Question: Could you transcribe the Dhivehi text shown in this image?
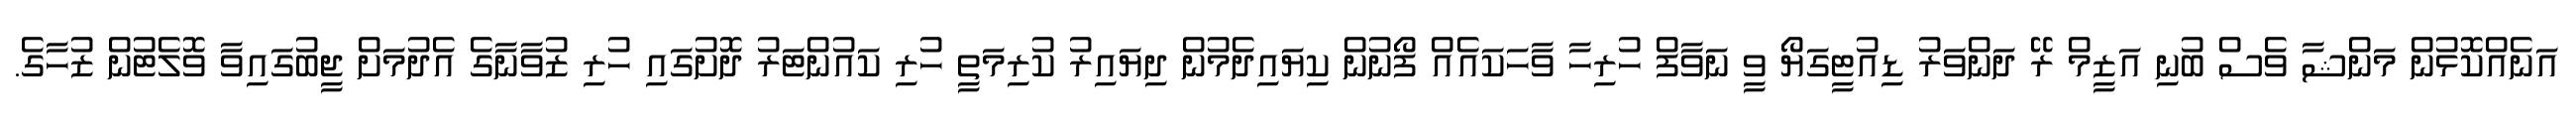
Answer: އަނެއްކޮޅުން މަންޝާ ވެސް ބުނި އަޒީމް ރޭ ދަންވަރު ޑިއުޓީގަޔޯ ވީ ނަވާފް ހުރިހާ ވާހަކައެއް ފޯނުން ކިޔައިދެމުން ދިޔައިރު ކުރިމަތީ ހުރި ކައުންޓަރު ދޮށުގައި ހުރި ޒުވާނާގެ އެދުމަށް ޖީބުގައިވާ ވޮލެޓުން ޒުހާގެ.